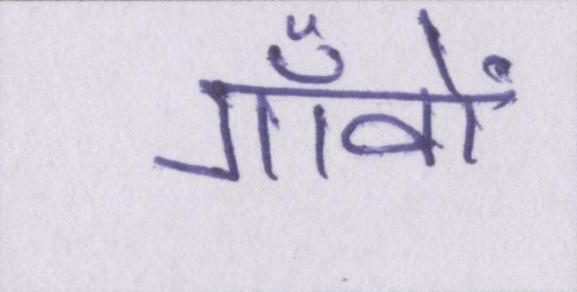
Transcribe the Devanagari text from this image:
गाँवों